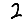
Digit: 2